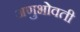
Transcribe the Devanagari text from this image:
अणुभोवती